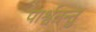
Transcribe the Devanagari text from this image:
पार्श्वतन्तु